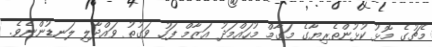
މެޗުގެ މޮޅު ކުޅުންތެރިޔާގެ މަގާމް މުހައްމަދު އަޒާމް ފަހު ވަގުތު ވައްދާލި ލަނޑުންނެވެ.